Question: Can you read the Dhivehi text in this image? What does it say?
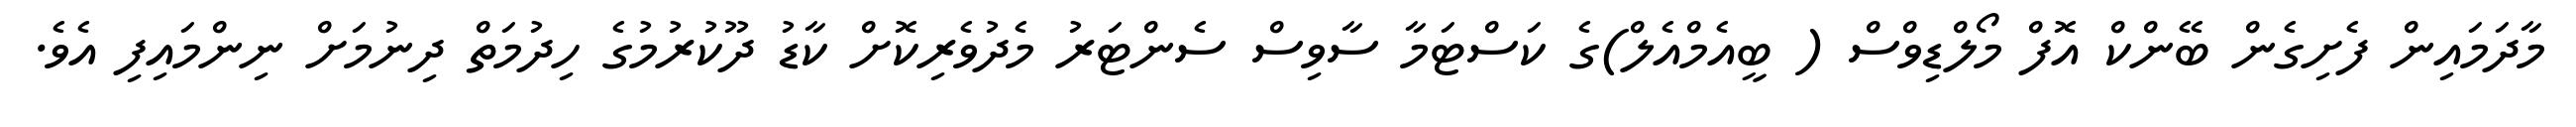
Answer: މާދަމައިން ފެށިގެން ބޭންކް އޮފް މޯލްޑިވްސް ( ބީއެމްއެލް)ގެ ކަސްޓަމާ ސާވިސް ސެންޓަރު މެދުވެރިކޮށް ކާޑު ދޫކުރުމުގެ ހިދުމަތް ދިނުމަށް ނިންމައިފި އެވެ.